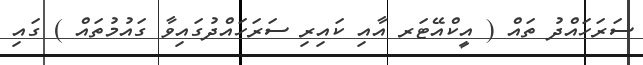
ސަރަހައްދު ތައް ( އީކްއޭޓަރ އާއި ކައިރި ސަރަހައްދުގައިވާ ގައުމުތައް ) ގައި